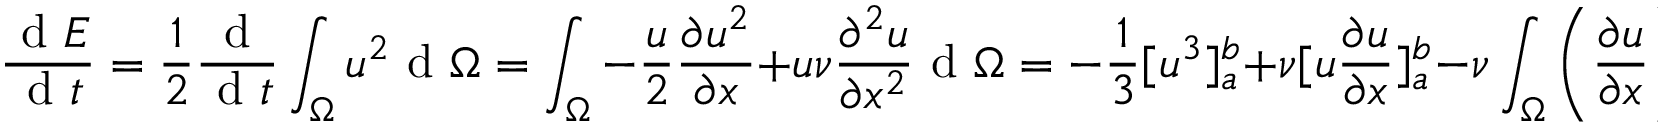
\frac { \mathrm { ~ d ~ } E } { \mathrm { ~ d ~ } t } = \frac { 1 } { 2 } \frac { \mathrm { ~ d ~ } } { \mathrm { ~ d ~ } t } \int _ { \Omega } u ^ { 2 } \mathrm { ~ d ~ } \Omega = \int _ { \Omega } - \frac { u } { 2 } \frac { \partial u ^ { 2 } } { \partial x } + u \nu \frac { \partial ^ { 2 } u } { \partial x ^ { 2 } } \mathrm { ~ d ~ } \Omega = - \frac { 1 } { 3 } [ u ^ { 3 } ] _ { a } ^ { b } + \nu [ u \frac { \partial u } { \partial x } ] _ { a } ^ { b } - \nu \int _ { \Omega } \left( \frac { \partial u } { \partial x } \right) ^ { 2 } \mathrm { ~ d ~ } \Omega = - \underbrace { \nu \int _ { \Omega } \left( \frac { \partial u } { \partial x } \right) ^ { 2 } \mathrm { ~ d ~ } \Omega } _ { \geq 0 } ,